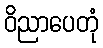
ဝိညာပေတုံ